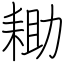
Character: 耡